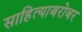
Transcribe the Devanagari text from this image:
साहित्याबरोबर